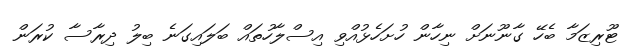
ޓޫރިޒަމާ ބެހޭ ގާނޫނަށް ނިހާން ހުށަހެޅުއްވި އިސްލާހުތައް ބަލައިގަނެ ބިލު ދިރާސާ ކުރަން